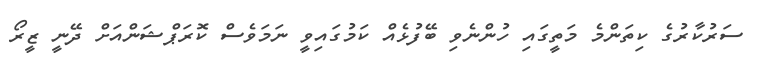
ސަރުކާރުގެ ކިތަންމެ މަތީގައި ހުންނެވި ބޭފުޅެއް ކަމުގައިވީ ނަމަވެސް ކޮރަޕްޝަންއަށް ދޭނީ ޒީރޯ